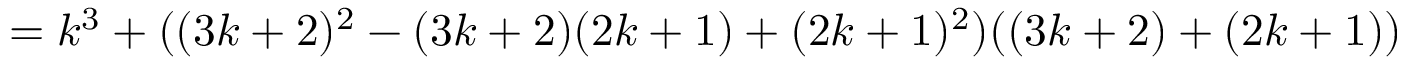
= k ^ { 3 } + ( ( 3 k + 2 ) ^ { 2 } - ( 3 k + 2 ) ( 2 k + 1 ) + ( 2 k + 1 ) ^ { 2 } ) ( ( 3 k + 2 ) + ( 2 k + 1 ) )